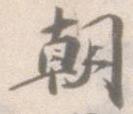
朝